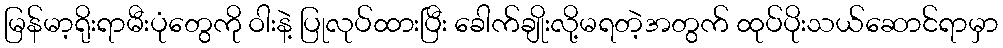
မြန်မာ့ရိုးရာမီးပုံတွေကို ဝါးနဲ့ ပြုလုပ်ထားပြီး ခေါက်ချိုးလို့မရတဲ့အတွက် ထုပ်ပိုးသယ်ဆောင်ရာမှာ